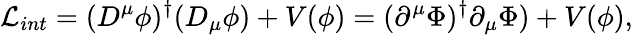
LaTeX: {\cal L}_{int}=(D^{\mu}\phi)^{\dagger}(D_{\mu}\phi)+V(\phi)=(\partial^{\mu}\Phi)^{\dagger}\partial_{\mu}\Phi)+V(\phi),